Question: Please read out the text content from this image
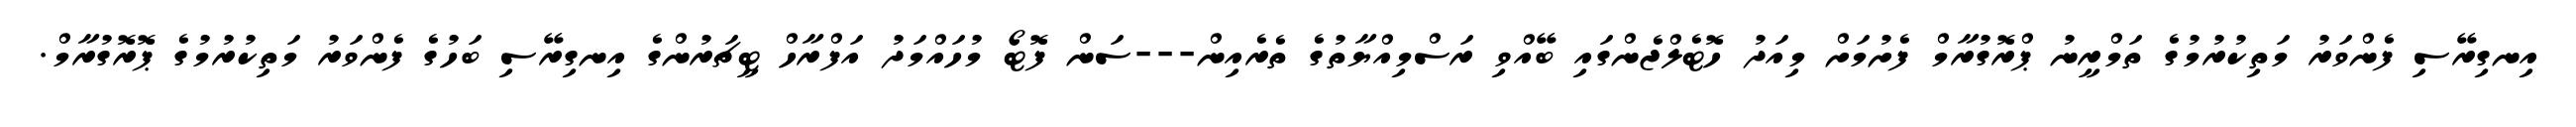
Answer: އިނގިރޭސި ފެންވަރު މަތިކުރުމުގެ ތަމްރީނު ޕްރޮގުރާމް ފެށުމަށް މިއަދު ހޮޓެލްޖެންގައި ބޭއްވި ރަސްމިއްޔާތުގެ ތެރެއިން---ސަން ފޮޓޯ މުހައްމަދު އަފްރާހް ޓީޗަރުންގެ އިނގިރޭސި ބަހުގެ ފެންވަރު މަތިކުރުމުގެ ޕޮރޮގުރާމް.